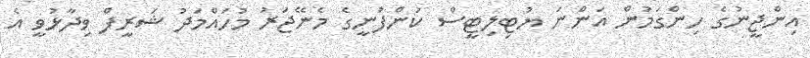
އިންޖީނުގެ ހިންގަމުން އަންނަ ޔުޓިލިޓީސް ކުންފުނީގެ މެނޭޖަރު މުހައްމަދު ޝަރީފް ވިދާޅުވީ އެ